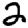
Digit: 2